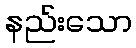
နည်းသော